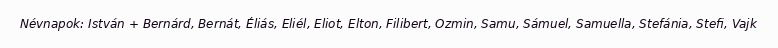
Névnapok: István + Bernárd, Bernát, Éliás, Eliél, Eliot, Elton, Filibert, Ozmin, Samu, Sámuel, Samuella, Stefánia, Stefi, Vajk